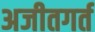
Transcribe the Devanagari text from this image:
अजीतगर्त